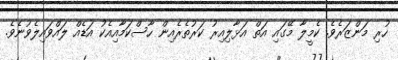
ހުރި މަންޒަރެވެ. ކެމީލާ މޭގައި އަތް އަޅާލިއިރު ކަރުތެރެއިން ހާސްކަމާއިއެކު އަޑެއް ލައްވައިލެވުނެވެ.